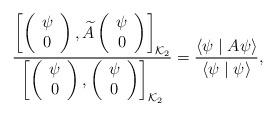
LaTeX: \begin{align*}\frac{\left[\left(\begin{array}{c} \psi \\0\end{array}\right),\widetilde{A}\left(\begin{array}{c} \psi \\ 0\end{array}\right)\right]_{{\cal K}_2}}{\left[\left(\begin{array}{c} \psi \\ 0\end{array}\right),\left(\begin{array}{c} \psi \\ 0\end{array}\right)\right]_{{\cal K}_2}}=\frac{\langle \psi\mid A\psi\rangle}{\langle\psi\mid\psi\rangle},\end{align*}